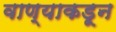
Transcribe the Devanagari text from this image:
वाण्याकडून